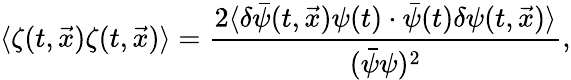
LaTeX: \langle\zeta(t,\vec{x})\zeta(t,\vec{x})\rangle=\frac{2\langle\delta\bar{\psi}(t,\vec{x})\psi(t)\cdot\bar{\psi}(t)\delta\psi(t,\vec{x})\rangle}{(\bar{\psi}\psi)^{2}},